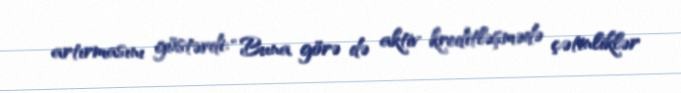
artırmasını göstərdi: “Buna görə də aktiv kreditləşmədə çətinliklər